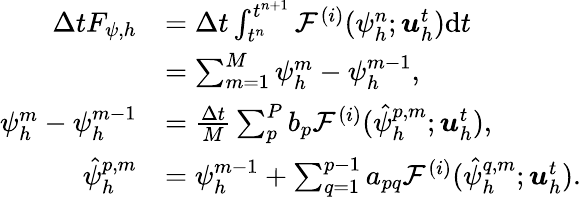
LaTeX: \begin{array}{rl}{\Delta tF_{\psi,h}}&{=\Delta t\int_{t^{n}}^{t^{n+1}}\mathcal{F}^{(i)}(\psi_{h}^{n};\boldsymbol{u}_{h}^{t})\mathrm{d}t}\\ &{=\sum_{m=1}^{M}\psi_{h}^{m}-\psi_{h}^{m-1},}\\ {\psi_{h}^{m}-\psi_{h}^{m-1}}&{=\frac{\Delta t}{M}\sum_{p}^{P}b_{p}\mathcal{F}^{(i)}(\hat{\psi}_{h}^{p,m};\boldsymbol{u}_{h}^{t}),}\\ {\hat{\psi}_{h}^{p,m}}&{=\psi_{h}^{m-1}+\sum_{q=1}^{p-1}a_{pq}\mathcal{F}^{(i)}(\hat{\psi}_{h}^{q,m};\boldsymbol{u}_{h}^{t}).}\end{array}